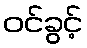
ဝင်ခွင့်